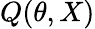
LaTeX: Q(\theta,X)